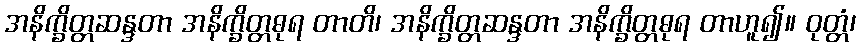
အနိက္ခိတ္တဆန္ဒတာ အနိက္ခိတ္တဓုရ တာတိ၊ အနိက္ခိတ္တဆန္ဒတာ အနိက္ခိတ္တဓုရ တာဟူ၍။ ဝုတ္တံ၊